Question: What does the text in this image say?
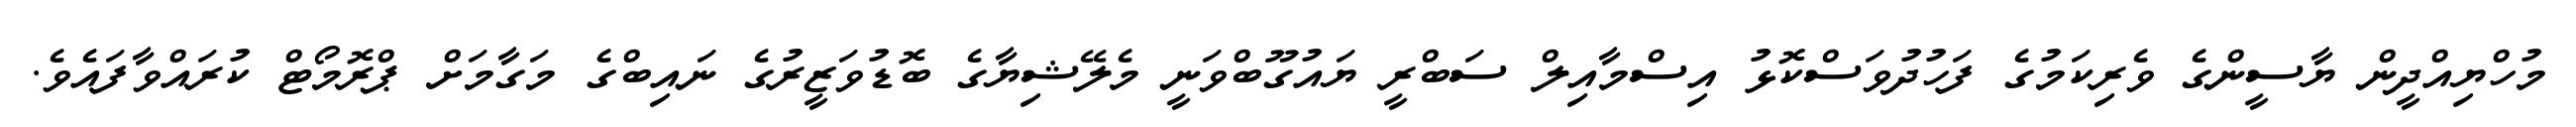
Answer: މުހްޔިއްދީން ޔާސީންގެ ވެރިކަމުގެ ފަހުދުވަސްކޮޅު އިސްމާއިލް ސަބްރީ ޔައުގޫބްވަނީ މެލޭޝިޔާގެ ބޮޑުވަޒީރުގެ ނައިބްގެ މަގާމަށް ޕްރޮމޯޓް ކުރައްވާފައެވެ.